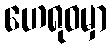
ဟေရုဝမှာ